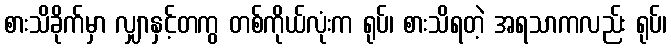
စားသိခိုက်မှာ လျှာနှင့်တကွ တစ်ကိုယ်လုံးက ရုပ်၊ စားသိရတဲ့ အရသာကလည်း ရုပ်၊